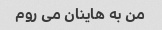
من به هاینان می روم